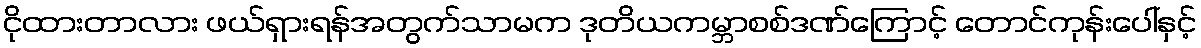
ငိုထားတာလား ဖယ်ရှားရန်အတွက်သာမက ဒုတိယကမ္ဘာစစ်ဒဏ်ကြောင့် တောင်ကုန်းပေါ်နှင့်